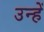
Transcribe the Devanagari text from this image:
उन्हें